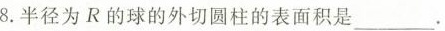
8.半径为R的球的外切圆柱的表面积是___.